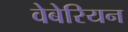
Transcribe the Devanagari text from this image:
वेबेरियन